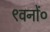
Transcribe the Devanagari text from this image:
९वनों०